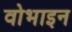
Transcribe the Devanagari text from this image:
वोभाइन